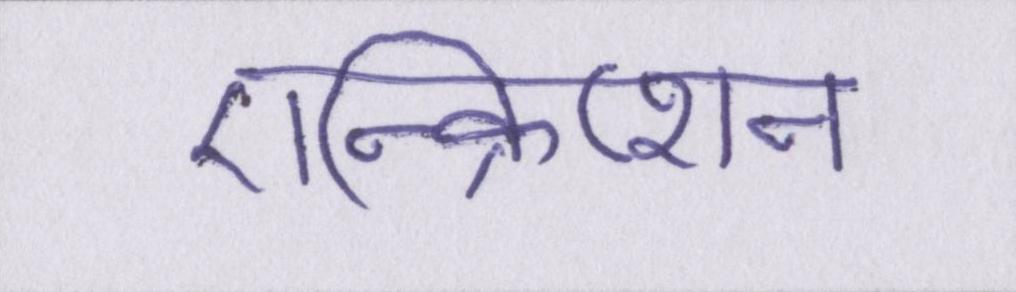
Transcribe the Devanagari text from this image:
एन्क्रिप्शन